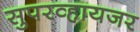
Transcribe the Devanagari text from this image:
सुपरव्हायजर